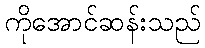
ကိုအောင်ဆန်းသည်